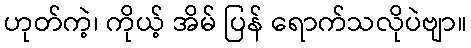
ဟုတ်ကဲ့၊ ကိုယ့် အိမ် ပြန် ရောက်သလိုပဲဗျာ။